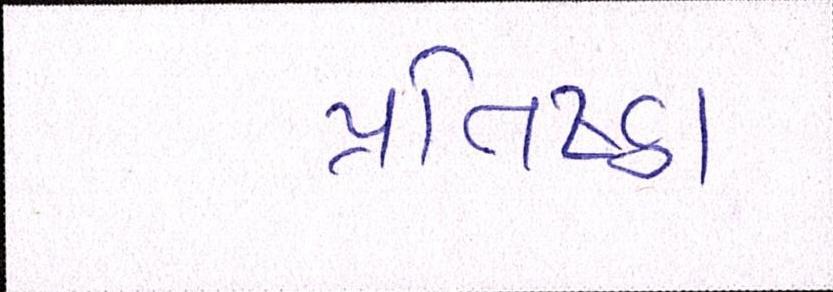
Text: પ્રતિષ્ઠા